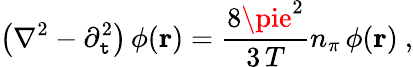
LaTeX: \left(\nabla^{2}-\partial_{\mathtt{t}}^{2}\right)\, \phi({\mathbf{r}})=\frac{{8\pie^{2}}}{{3\, T}}n_{\pi}\, \phi({\mathbf{r}})\ ,